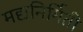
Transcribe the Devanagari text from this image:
मद्यनिर्मिती